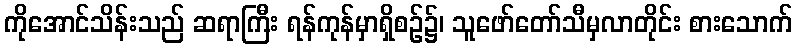
ကိုအောင်သိန်းသည် ဆရာကြီး ရန်ကုန်မှာရှိစဉ်၌၊ သူဖော်တော်သီမှလာတိုင်း စားသောက်